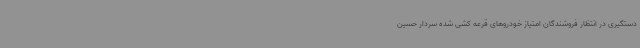
دستگیری در انتظار فروشندگان امتیاز خودروهای قرعه کشی شده سردار حسین